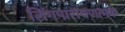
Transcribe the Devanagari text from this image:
लिंगपारायणत्मक